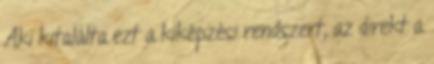
Aki kitalálta ezt a kiképzési rendszert, az direkt a